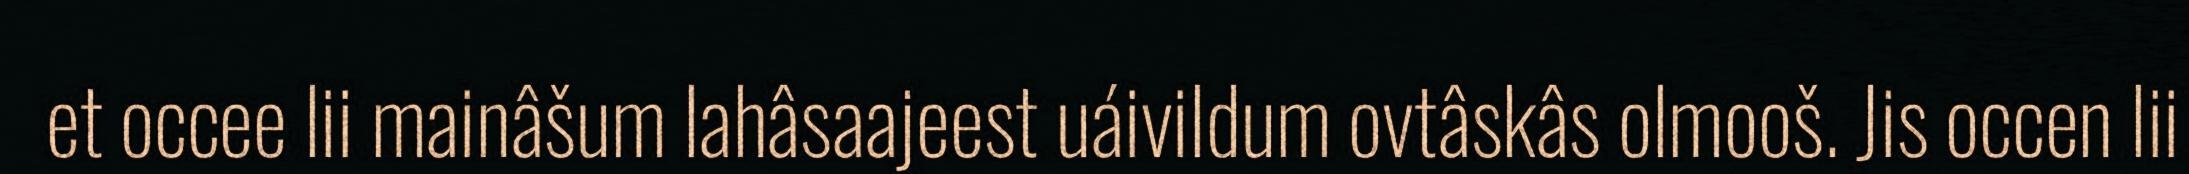
et occee lii mainâšum lahâsaajeest uáivildum ovtâskâs olmooš. Jis occen lii